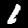
Digit: 1